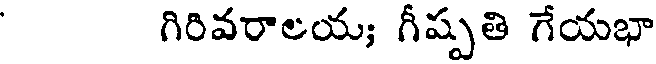
గిరివరాలయ; గీష్పతి గేయభా